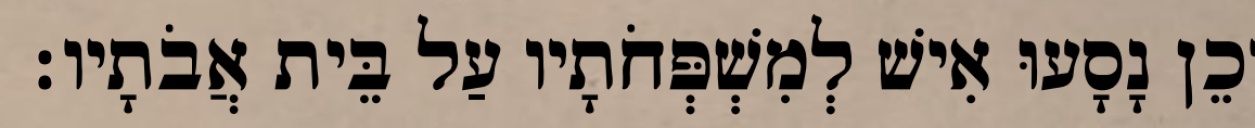
וְכֵן נָסָעוּ אִישׁ לְמִשְׁפְּחֹתָיו עַל בֵּית אֲבֹתָיו׃